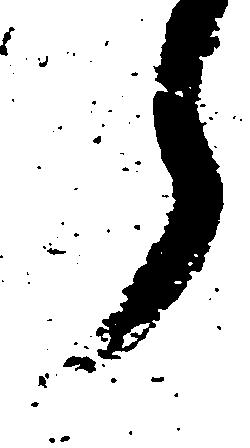
申